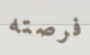
فرصته